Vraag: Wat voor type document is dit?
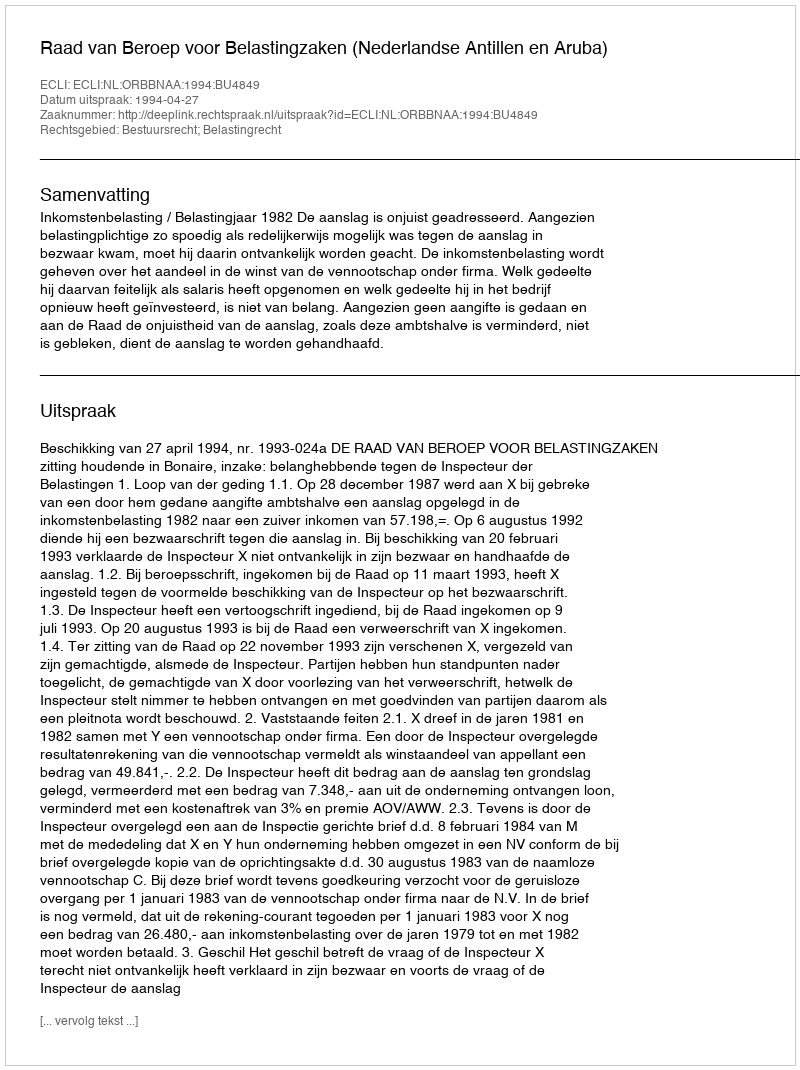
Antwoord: Uitspraak